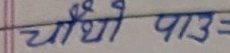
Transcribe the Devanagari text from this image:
चौथो पाठ =